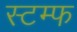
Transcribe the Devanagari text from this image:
स्टम्फ